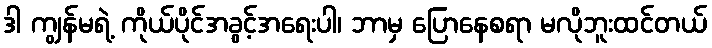
ဒါ ကျွန်မရဲ့ ကိုယ်ပိုင်အခွင့်အရေးပါ၊ ဘာမှ ပြောနေစရာ မလိုဘူးထင်တယ်